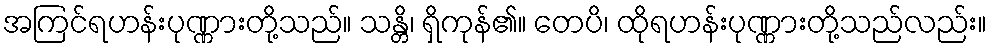
အကြင်ရဟန်းပုဏ္ဏားတို့သည်။ သန္တိ၊ ရှိကုန်၏။ တေပိ၊ ထိုရဟန်းပုဏ္ဏားတို့သည်လည်း။